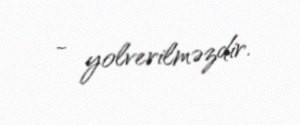
- yolverilməzdir.